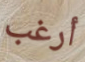
أرغب